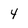
Character: 4